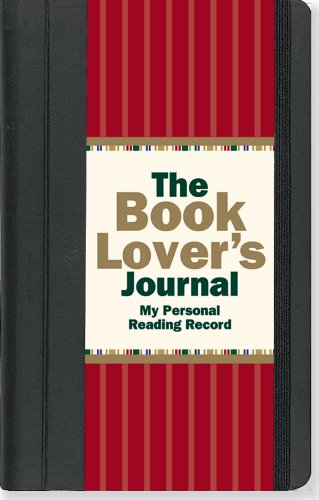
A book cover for The Book Lover's Journal (Reading Journal, Book Journal, Organizer); Rene J. Smith; Literature & Fiction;